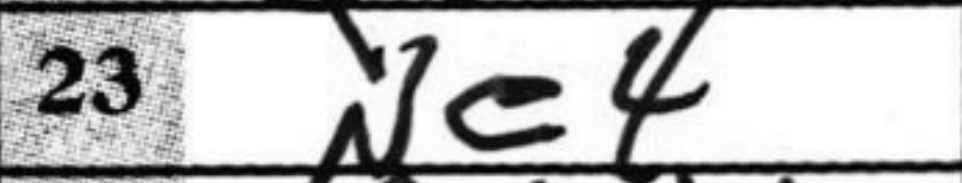
Transcription: Ne4